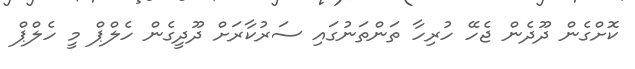
ކޮށްގެން ދޫދެން ޖެހޭ ހުރިހާ ތަންތަނުގައި ސަރުކާރަށް ދޫދީގެން ހެލްޕް މީ ހެލްޕް